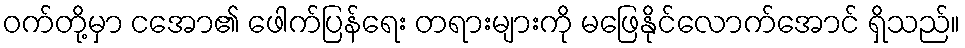
ဝက်တို့မှာ ငအော၏ ဖေါက်ပြန်ရေး တရားများကို မဖြေနိုင်လောက်အောင် ရှိသည်။